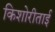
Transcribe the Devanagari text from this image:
किशोरीताई